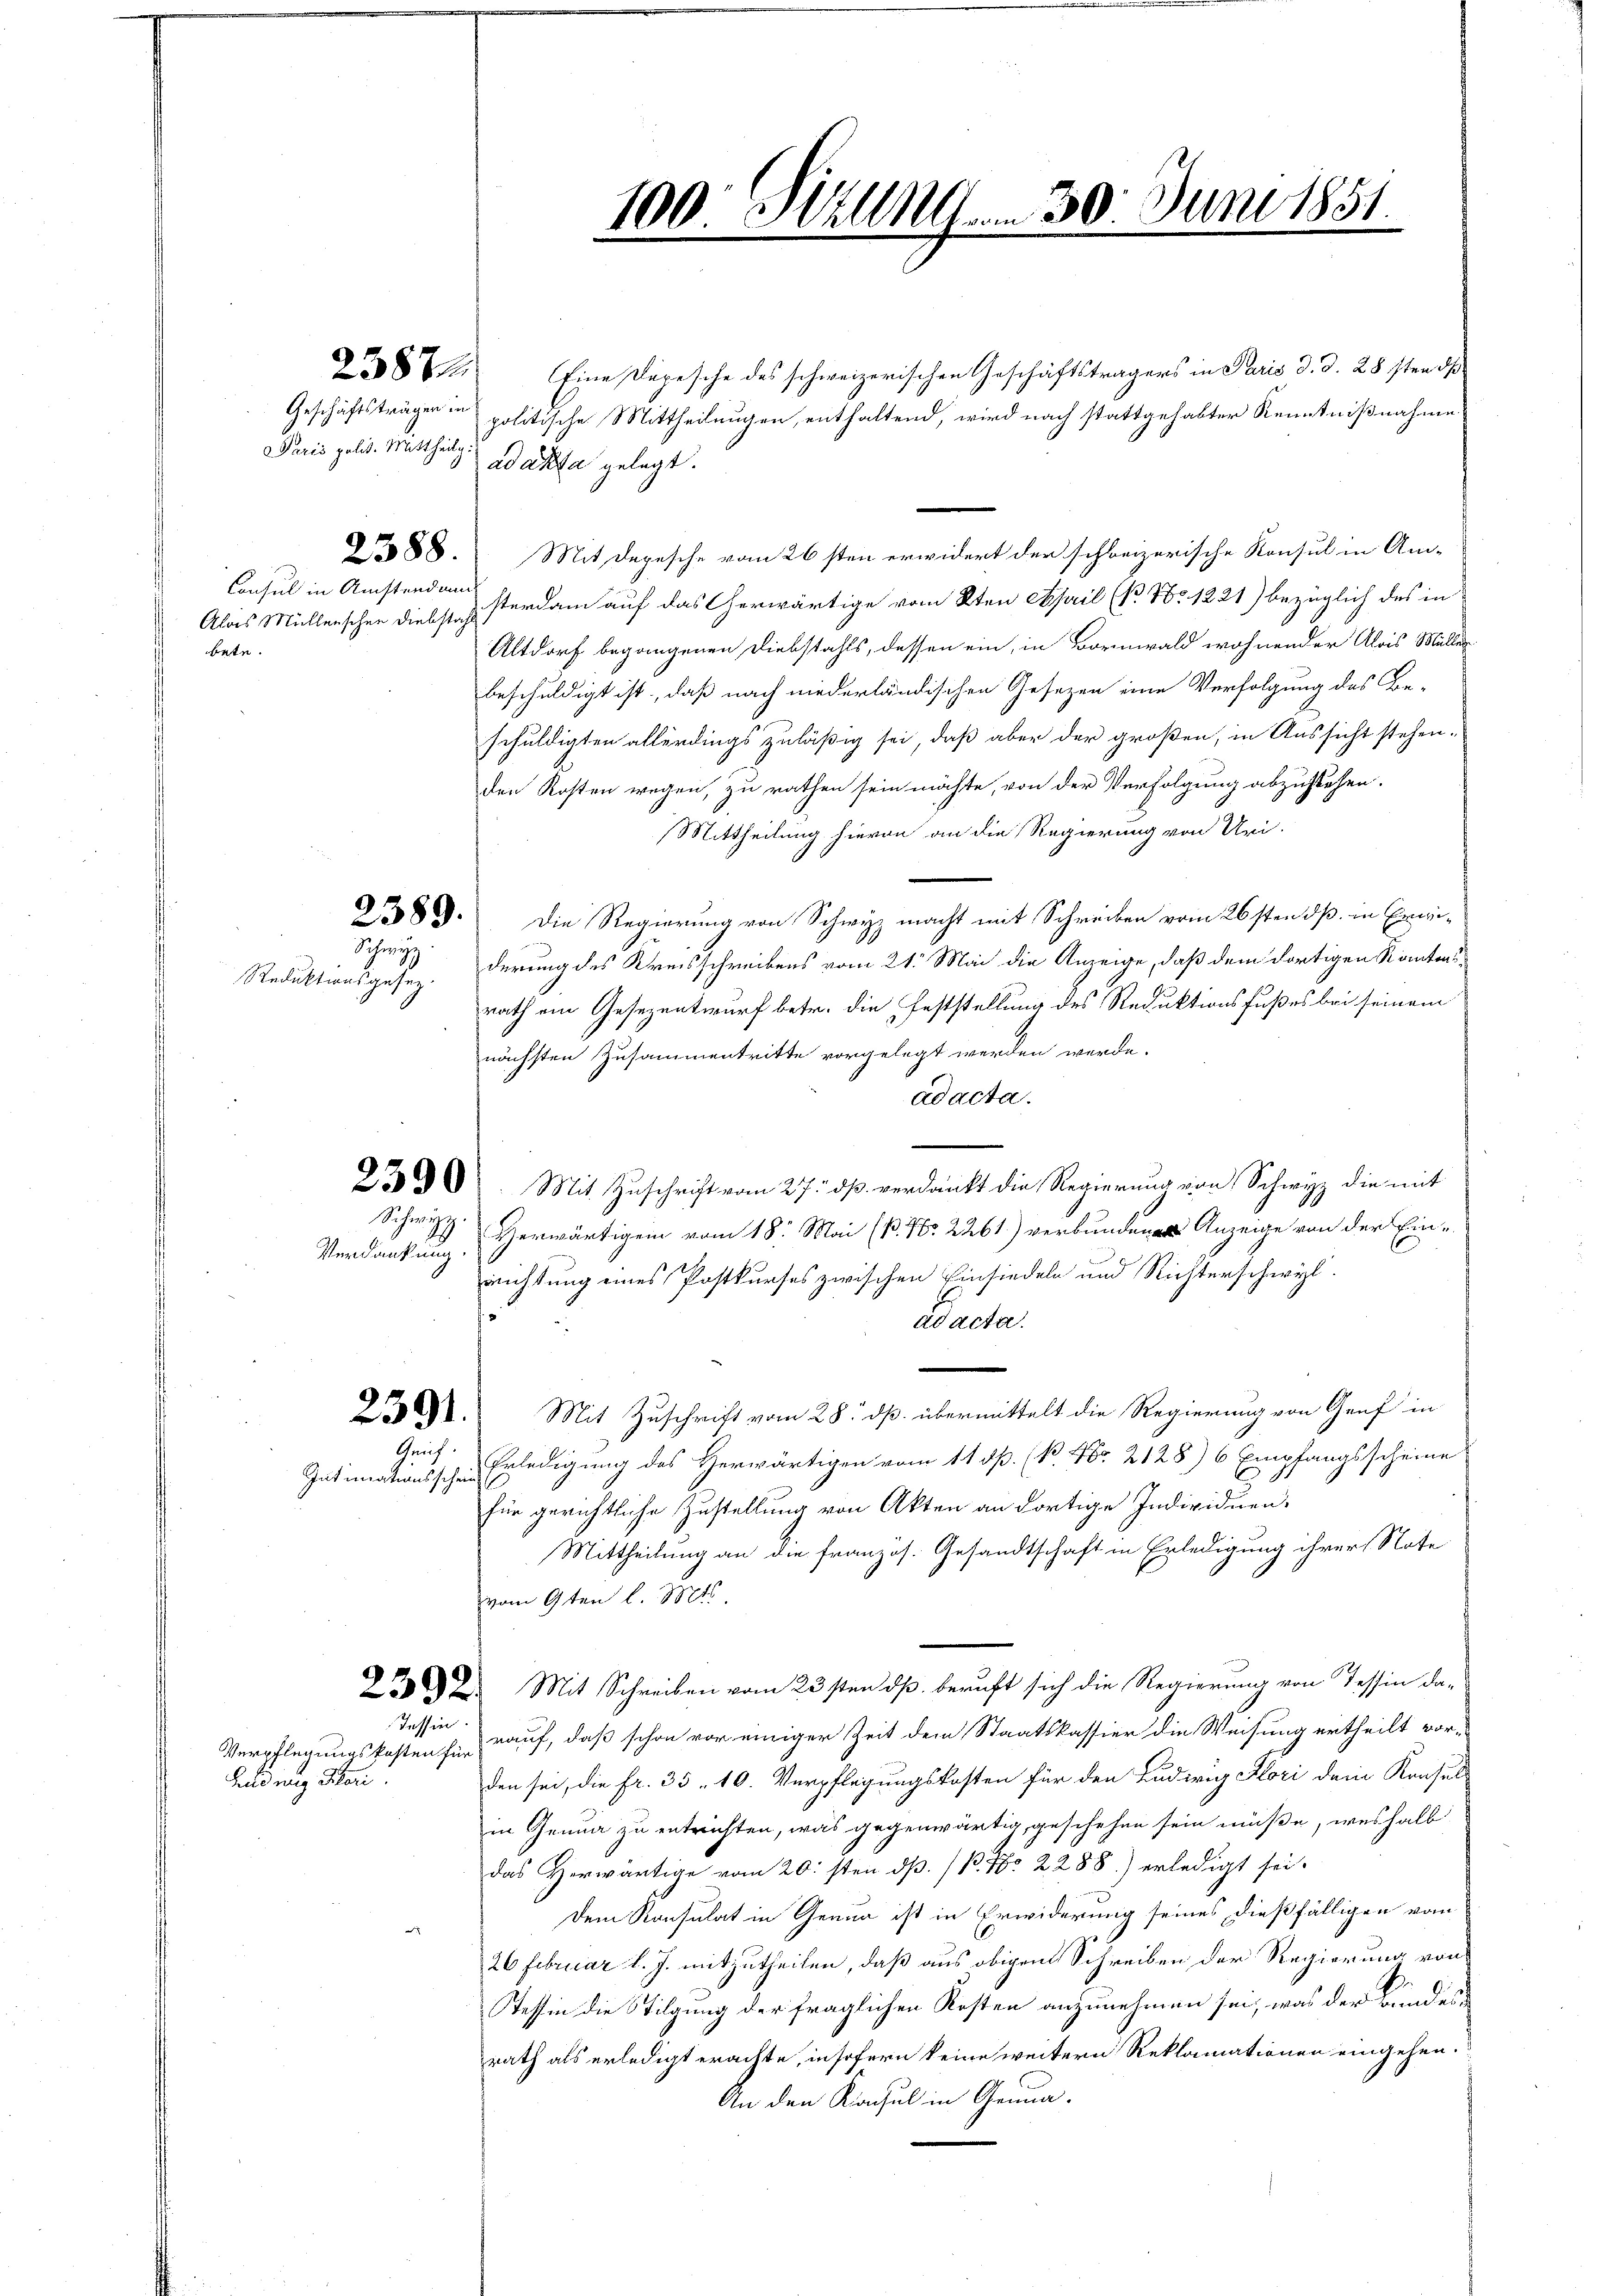
Paris polit. Mittheilig. ad acta gelegt.

Consul in Anstend am
bete.

Schwyz

Reduktionsgesez.

Verdankung.

Grif

Intimationsschein

Tessin.

Bildung Thori

Eine Depesche des schweizerischen Geschäftsträgers in Paris d. d. 28sten dh
Geschäftsträgen in politische Mittheilungen, enthaltend, wird nach stattgehabter Kenntnißnahme
588. Mit Depesche vom 26sten erwidert der schweizerische Konsul in Am-
Alois Müllenschen Diebst zusterdam auf das Cherwärtige vom 2ten April (N. Nr. 1221) bezüglich des in
Altdorf begangenen Diebstahls, dessen ein, in Bornwald wohnender Alois Müller
beschuldigt ist, daß nach niederländischen Gesezen eine Verfolgung des Be-
schuldigten allerdings zuläßig sei, daß aber der großen, in Aussicht stehen-
den Kosten wegen, zu rathen sein möchte, von der Verfolgung abzustehen.
Mittheilung hievon an die Regierung von Uri-
2583. Die Regierung von Schwyz macht mit Schreiben vom 26sten dß. in Erwiderung des Kreisschreibens vom 21. Mai die Anzeige, daß dem dortigen Kantonsrath ein Gesezentwurf betr. die Feststellung des Reduktionsfußes bei seinem
nächsten Zusammentritte vorgelegt werden werde.
ad acta.
230. Mit Zuschrift vom 27. dß. verdankt die Regierung von Schwyz die mit
Schwitz erwärtigen vom 18. Mai (P. Nr. 2261) verbunden Anzeige von der Ein-
richtung eines Postkurses zwischen Einsiedeln und Richterschwyl.
ad acta.
e
Z XII. Mit Zuschrift vom 28. dß. übermittelt die Regierung von Genf in
Erledigung des Herwärtigen vom 11 dß. (P. Nr. 2128) 6 Empfangsscheine
für gerichtliche Zustellung von Akten an dortige Individuen
Mittheilung an die französ. Gesandtschaft in Erledigung ihrer Note
vom 9ten l. Mts.
22. Mit Schreiben vom 23sten daß beruft sich die Regierung von Tessin da¬
Verpflegungskosten herauf, daß schon vor einiger Zeit dem Staatskassier die Weisung ertheilt vor-
den sei, die fr. 35 - 10. Verpflegungskosten für den Ludwig Flori dem Konsuls
in Genua zu entrichten, was gegenwärtig geschehen sein müße, weshalb
das Herwärtige vom 20. sten dß. /B. Nr. 2288.) erledigt sei.
Dem Konsulat in Genua ist in Erwiderung seines dießfälligen vom
26 Februar l. J. mitzutheilen, daß aus obigen Schreiben der Regierung von
Tessin die Stilgung der fraglichen Kosten anzunehmen sei, was der Bundesrath als erledigt erachte, insofern keine weitern Reklamationen eingehen.
An den Konsul in Genua¬

100. 302. 30. Juni 1851.